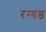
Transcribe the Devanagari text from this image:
रग्गड